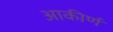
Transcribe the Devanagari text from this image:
आकीर्ण